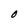
Character: O